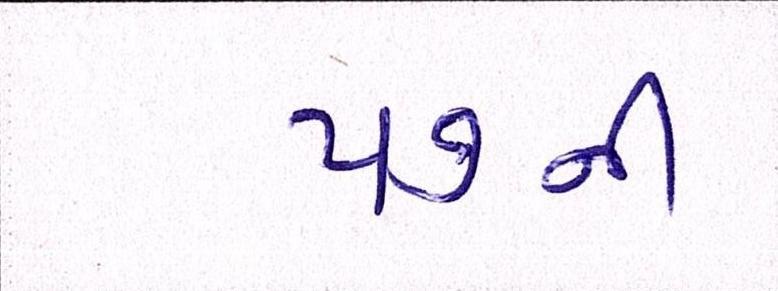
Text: ૫૭ની